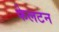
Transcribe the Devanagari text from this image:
फेलटन